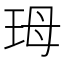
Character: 𭹃